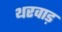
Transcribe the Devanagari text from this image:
थरवाड़